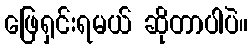
ဖြေရှင်းရမယ် ဆိုတာပါပဲ။